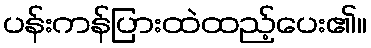
ပန်းကန်ပြားထဲထည့်ပေး၏။